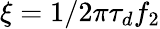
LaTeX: \xi=1/2\pi\tau_{d}f_{2}